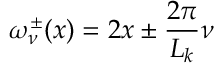
\omega _ { \nu } ^ { \pm } ( x ) = 2 x \pm \frac { 2 \pi } { L _ { k } } \nu